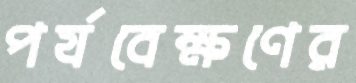
পর্যবেক্ষণের